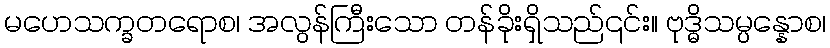
မဟေသက္ခတရောစ၊ အလွန်ကြီးသော တန်ခိုးရှိသည်၎င်း။ ဗုဒ္ဓိသမ္ပန္နောစ၊